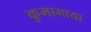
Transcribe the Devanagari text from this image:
कुमागाया